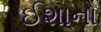
ઈશાનો